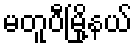
မတူပီမြို့နယ်